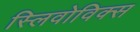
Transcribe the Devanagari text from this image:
स्लिवोविक्स